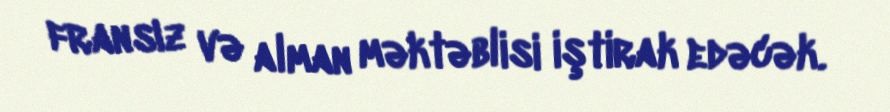
fransız və alman məktəblisi iştirak edəcək.